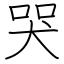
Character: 哭